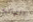
النهائيه